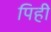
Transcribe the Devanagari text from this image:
पिही